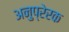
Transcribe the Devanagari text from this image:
अनुप्रेरक